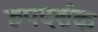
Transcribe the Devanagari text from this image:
रुपदर्शक